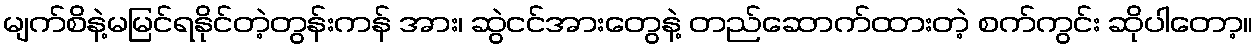
မျက်စိနဲ့မမြင်ရနိုင်တဲ့တွန်းကန် အား၊ ဆွဲငင်အားတွေနဲ့ တည်ဆောက်ထားတဲ့ စက်ကွင်း ဆိုပါတော့။